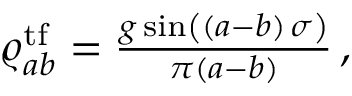
\begin{array} { r } { \varrho _ { a b } ^ { \mathrm { t f } } = \frac { g \sin \left( ( a - b ) \, \sigma \right) } { \pi ( a - b ) } \, , } \end{array}